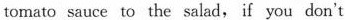
tomato sauce to the salad,if you don't